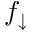
f _ { \downarrow }